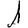
Digit: 1